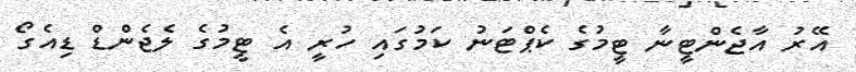
އޭރު އާޖެންޓީނާ ޓީމުގެ ކެޕްޓަނު ކަމުގައި ހުރީ އެ ޓީމުގެ ލެޖެންޑް ޑިއެގޯ